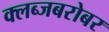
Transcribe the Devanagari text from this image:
क्लब्जबरोबर